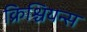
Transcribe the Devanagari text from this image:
क्रिश्चियन्स